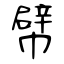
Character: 幦